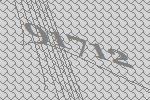
91712